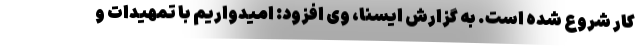
کار شروع شده است. به گزارش ایسنا، وی افزود: امیدواریم با تمهیدات و